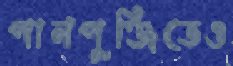
পানপুঞ্জিতেও